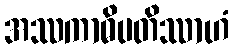
အဿကာဓိပတိဿာဟံ